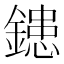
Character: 𨫑